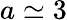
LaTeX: a\simeq 3